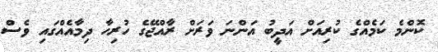
ކޮންމެ ކަމެއްގެ ކުރިއަށް އަދީބު އަންނަ ވަރަށް ރާއްޖޭގެ ހުރިހާ ދިމާއެއްގައި ވެސް